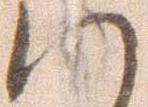
へ